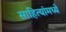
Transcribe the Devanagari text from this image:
साहित्यांमध्ये